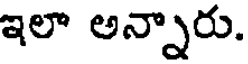
ఇలా అన్నారు.